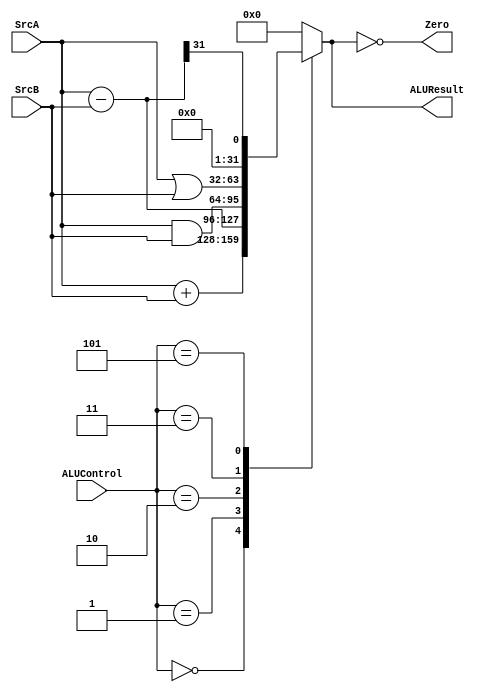
module alu #(parameter DATA_WIDTH=32)
  (
    input   wire  [DATA_WIDTH-1:0] SrcA,SrcB,
    input   wire  [2:0]            ALUControl,

    output  reg   [DATA_WIDTH-1:0] ALUResult,
    output  wire                    Zero      
  );

always @(*)
 begin
    ALUResult='b0;
    case(ALUControl)
    3'b000: ALUResult =  SrcA + SrcB;                //addition                   
    3'b001: ALUResult =  SrcA - SrcB;                 //Subtraction
    3'b010: ALUResult =  SrcA & SrcB;                  //AND 
    3'b011: ALUResult =  SrcA | SrcB;                   //OR
    3'b101: ALUResult = ((SrcA-SrcB))>>(DATA_WIDTH-1);  //SLT
   default: ALUResult='b0;
    endcase
 end
    
    assign Zero =(ALUResult == 'b0);

endmodule